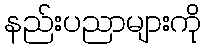
နည်းပညာများကို